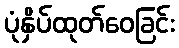
ပုံနှိပ်ထုတ်ဝေခြင်း